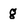
Character: g